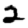
Digit: 2